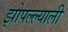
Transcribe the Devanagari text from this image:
झोपल्ल्याली